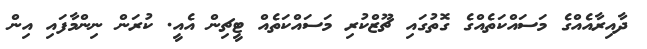
ދާއިރާއެއްގެ މަސައްކަތެއްގެ ގޮތުގައި ޗޫޒްކުރި މަސައްކަތެއް ޓީޗިން އެއީ. ކުރަން ނިންމާފައި އިން